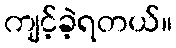
ကျင့်ခဲ့ရတယ်။